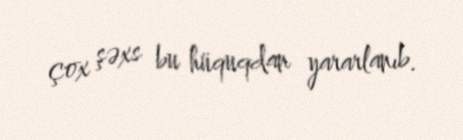
çox şəxs bu hüquqdan yararlanıb.